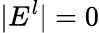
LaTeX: |E^{l}|=0